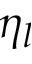
\eta _ { l }